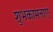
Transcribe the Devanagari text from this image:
शुभकामनाए